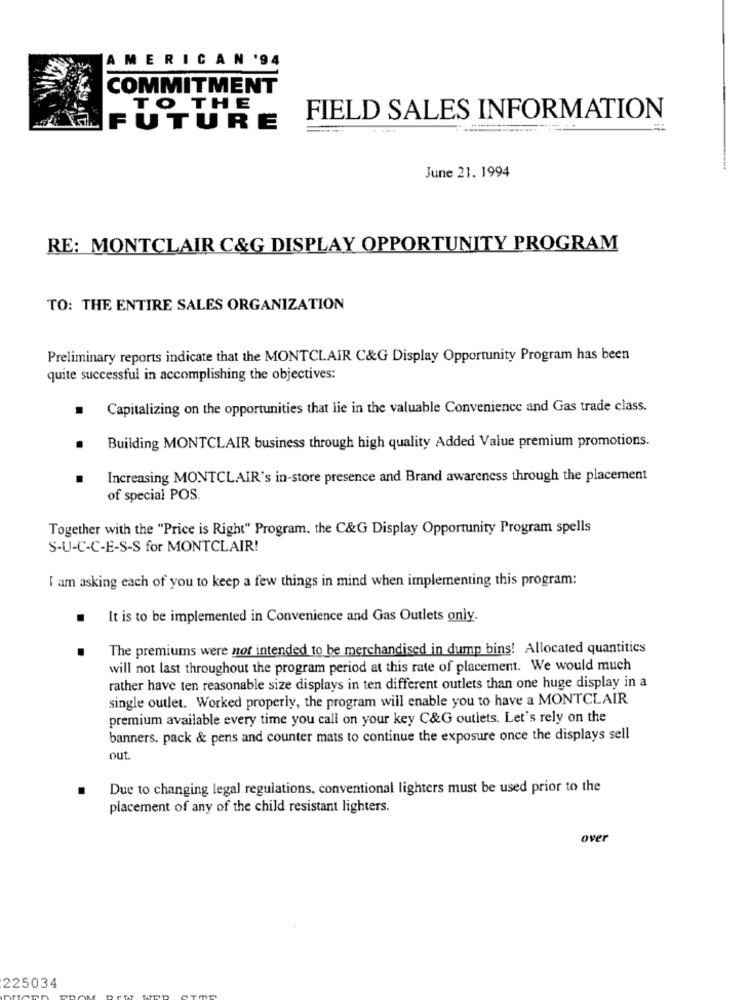
AMERICAN '94
COMMITMENT
TO THE
FIELD SALES INFORMATION
FUTURE
June 21. 1994
RE: MONTCLAIR C&G DISPLAY OPPORTUNITY PROGRAM
TO: THE ENTIRE SALES ORGANIZATION
Preliminary reports indicate that the MONTCLAIR C&G Display Opportunity Program has been
quite successful in accomplishing the objectives:
.
Capitalizing on the opportunities that lie in the valuable Convenience and Gas trade class.
Building MONTCLAIR business through high quality Added Value premium promotions.
Increasing MONTCLAIR's in-store presence and Brand awareness through the placement
of special POS.
Together with the "Price is Right" Program. the C&G Display Opportunity Program spells
S-U-C-C-E-S-S for MONTCLAIR!
I am asking each of you to keep a few things in mind when implementing this program:
It is to be implemented in Convenience and Gas Outlets only.
The premiums were not intended to be merchandised in dump bins! Allocated quantitics
will not last throughout the program period at this rate of placement. We would much
rather have ten reasonable size displays in ten different outlets than one huge display in a
single outlet. Worked properly, the program will enable you to have a MONTCLAIR
premium available every time you call on your key C&G outlets. Let's rely on the
banners. pack & pens and counter mats to continue the exposure once the displays sell
out
Due to changing legal regulations, conventional lighters must be used prior to the
placement of any of the child resistant lighters.
over
225034